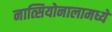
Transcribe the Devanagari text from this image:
नात्सियोनालामध्ये